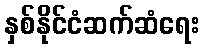
နှစ်နိုင်ငံဆက်ဆံရေး